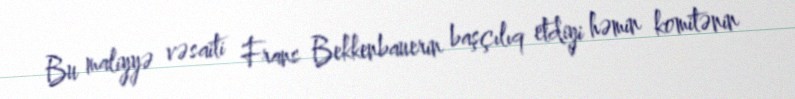
Bu maliyyə vəsaiti Frans Bekkenbauerin başçılıq etdiyi həmin komitənin